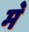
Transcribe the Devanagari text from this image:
म॓